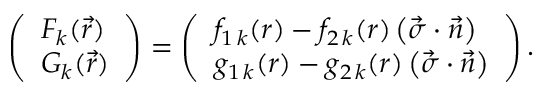
\left( { \begin{array} { l } { { F _ { k } ( \vec { r } ) } } \\ { { G _ { k } ( \vec { r } ) } } \end{array} } \right) = \left( \begin{array} { l } { { f _ { 1 \, k } ( r ) - f _ { 2 \, k } ( r ) \left( \vec { \sigma } \cdot \vec { n } \right) } } \\ { { g _ { 1 \, k } ( r ) - g _ { 2 \, k } ( r ) \left( \vec { \sigma } \cdot \vec { n } \right) } } \end{array} \right) .